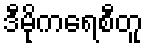
ဒီမိုကရေစီတူ